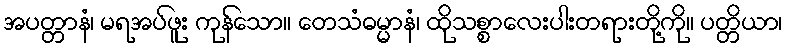
အပတ္တာနံ၊ မရအပ်ဖူး ကုန်သော။ တေသံဓမ္မာနံ၊ ထိုသစ္စာလေးပါးတရားတို့ကို။ ပတ္တိယာ၊